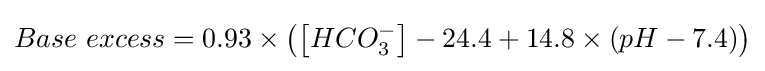
Base~excess=0.93\times \left(\left[HCO_{3}^{-}\right]-24.4+14.8\times \left(pH-7.4\right)\right)